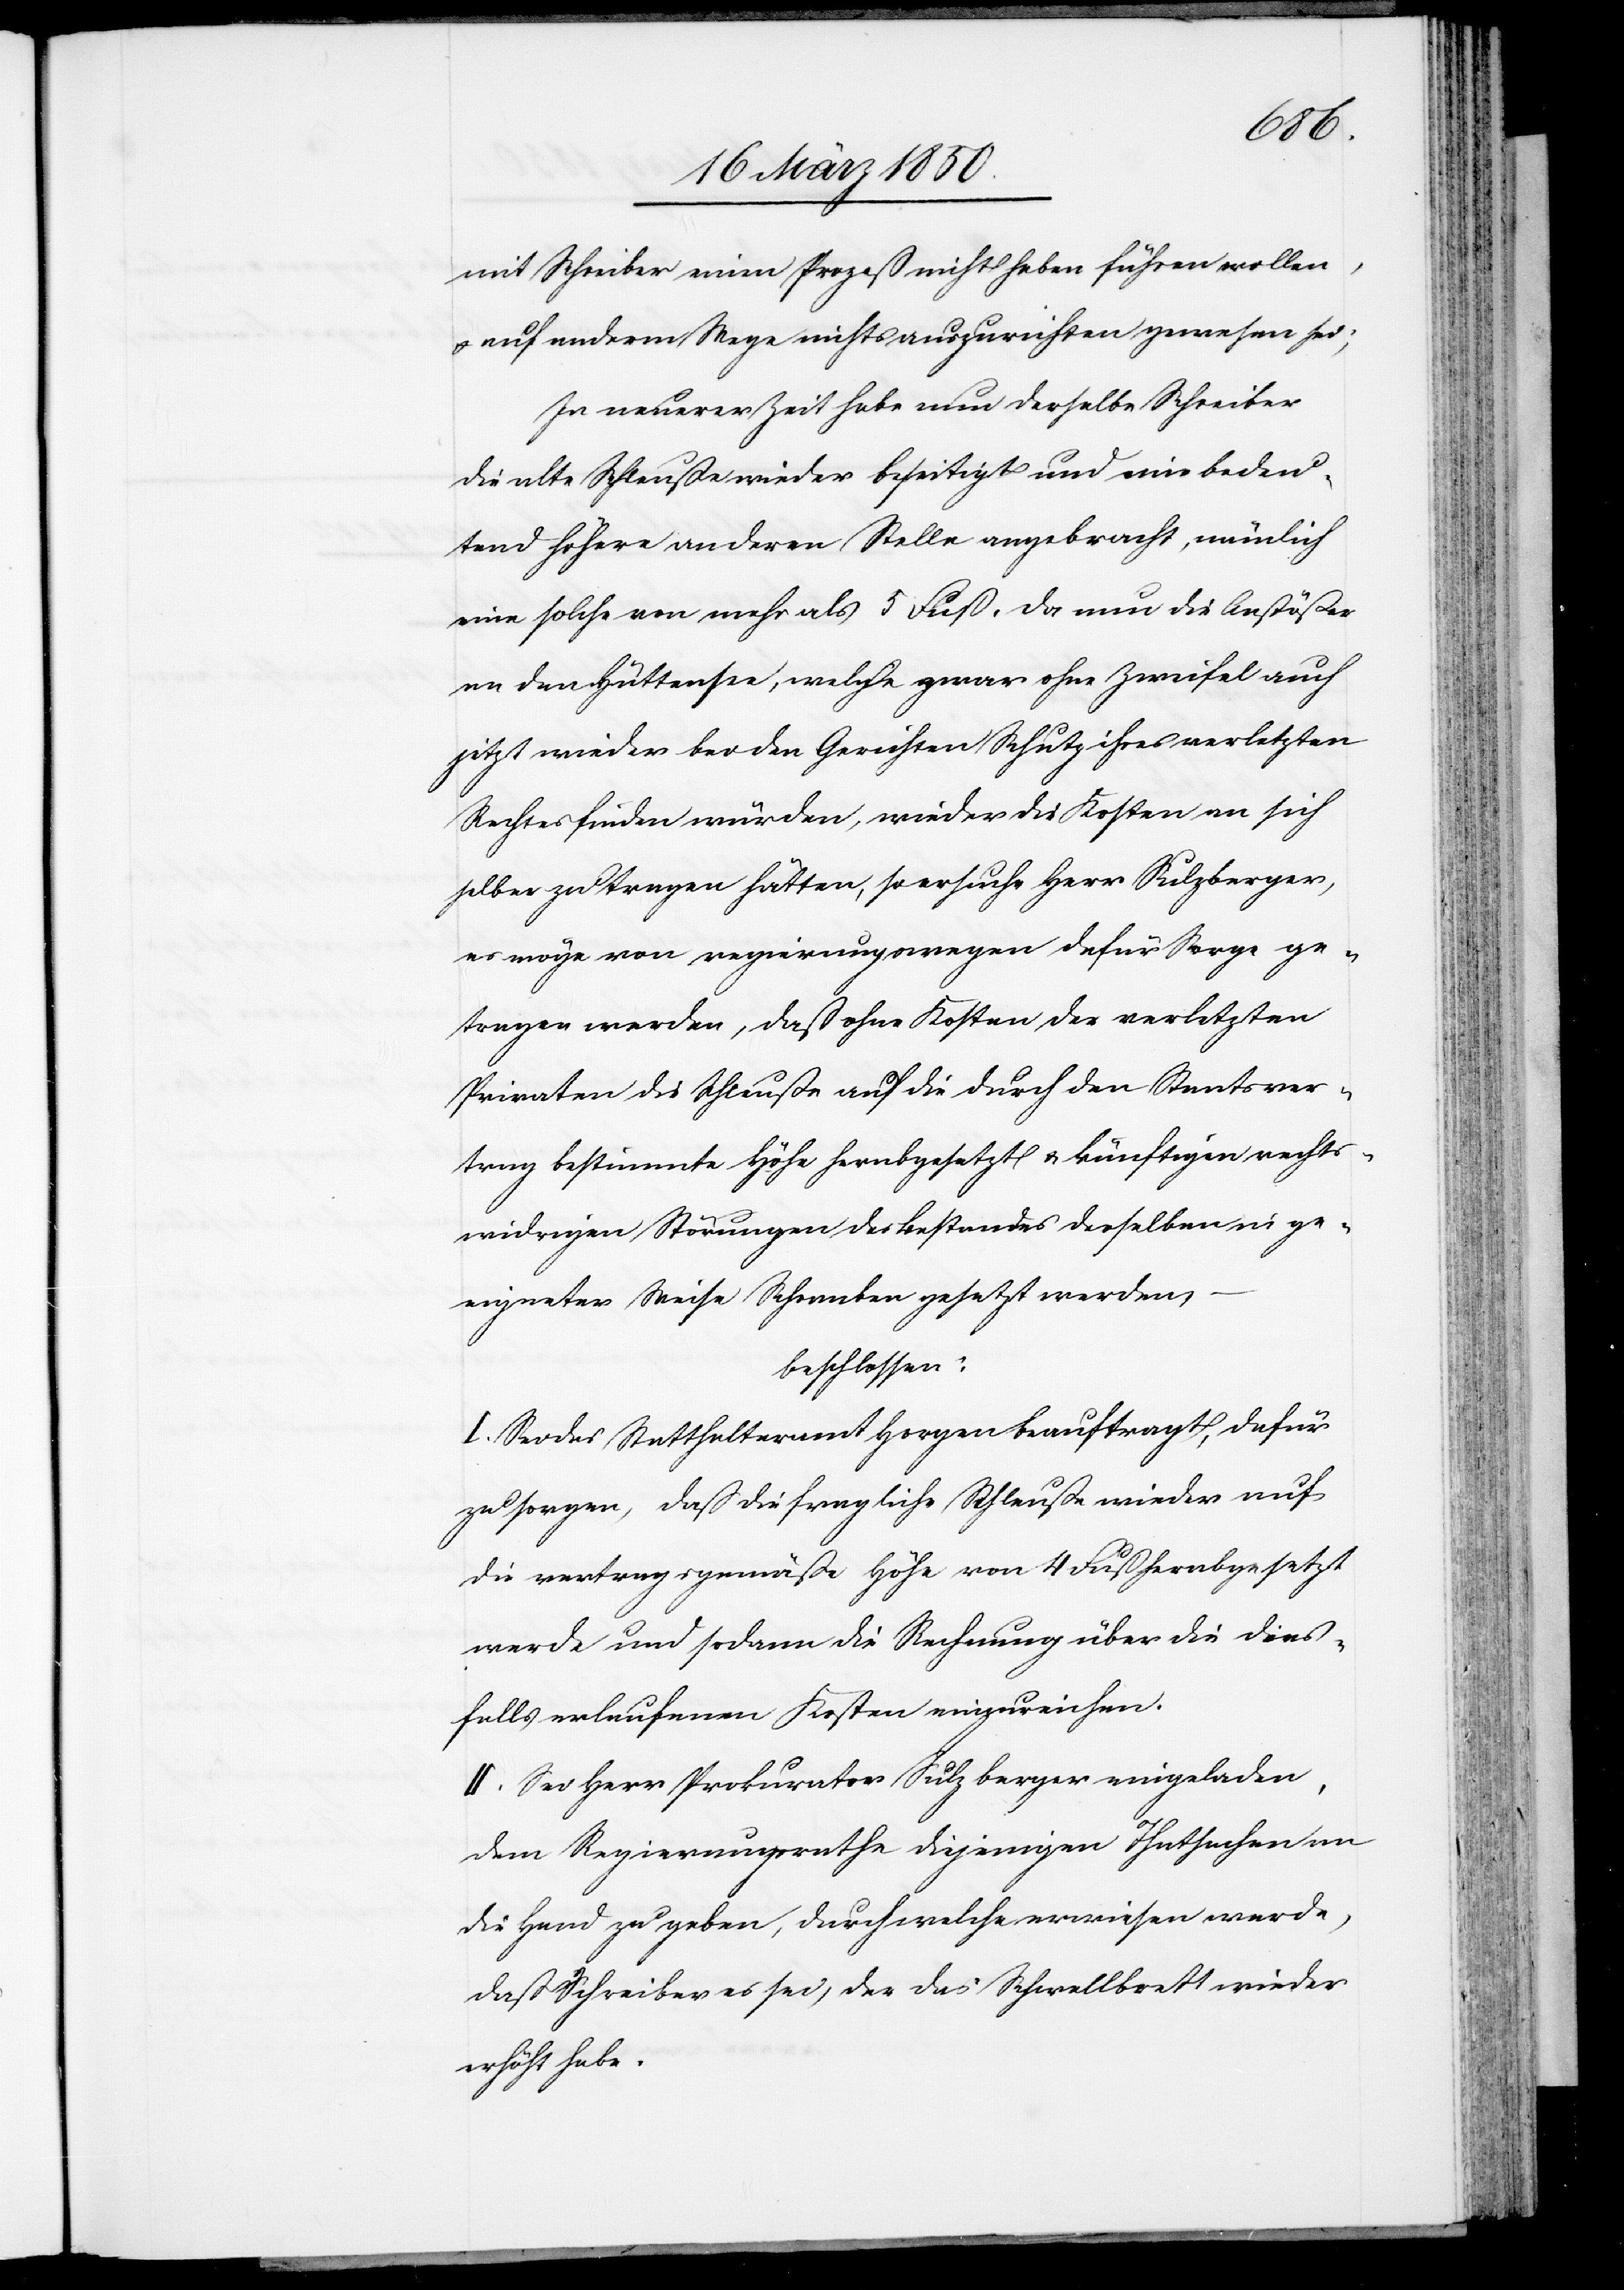
mit Schreiber einen Prozeß nicht haben führen wollen,
u. auf andrem Wege nichts auszurichten gewesen sei;
In neuerer Zeit habe nun derselbe Schreiber
die alte Schleuße wieder beseitigt und eine bedeu¬
tend höhere an deren Stelle angebracht, nämlich
eine solche von mehr als 5 Fuß. Da nun die Anstößer
an den Hüttensee, welche zwar ohne Zweifel auch
jitzt wieder bei den Gerichten Schutz ihres verletzten
Rechtes finden würden, wieder die Kosten an sich
selber zu tragen hätten, so ersuche Herr Sulzberger,
es möge von regierungswegen dafür Sorge ge¬
tragen werden, daß ohne Kosten der verletzten
Privaten die Schleuße auf die durch den Staatsver¬
trag bestimmte Höhe herabgesetzt u. künftigen rechts¬
widrigen Störungen des Bestandes derselben in ge¬
eigneter Weise Schranken gesetzt werden,
beschlossen:
I. Sei das Statthalteramt Horgen beauftragt, dafür
zu sorgen, daß die fragliche Schleuße wieder auf
die vertragsgemäße Höhe von 4 Fuß herabgesetzt
werde und sodann die Rechnung über die dies¬
falls erlaufenen Kosten einzureichen.
II. Sei Herr Prokurator Sulzberger eingeladen,
dem Regierungsrathe diejenigen Thatsachen an
die Hand zu geben, durch welche erwiesen werde,
daß Schreiber es sei, der das Schwellbrett wieder
erhöht habe.